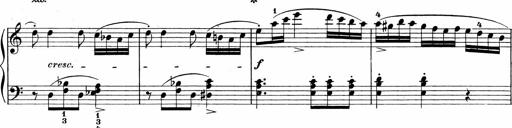
Title: 3 Sonatinas
Composer: Carl Reinecke